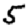
Digit: 5